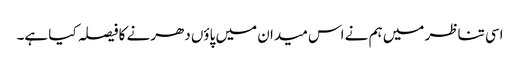
اسی تناظر میں ہم نے اس میدان میں پاؤں دھرنے کا فیصلہ کیا ہے۔